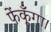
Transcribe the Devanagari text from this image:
फेंकूँगा।